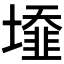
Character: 𡒁